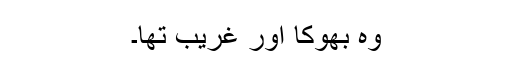
وہ بھوکا اور غریب تھا۔